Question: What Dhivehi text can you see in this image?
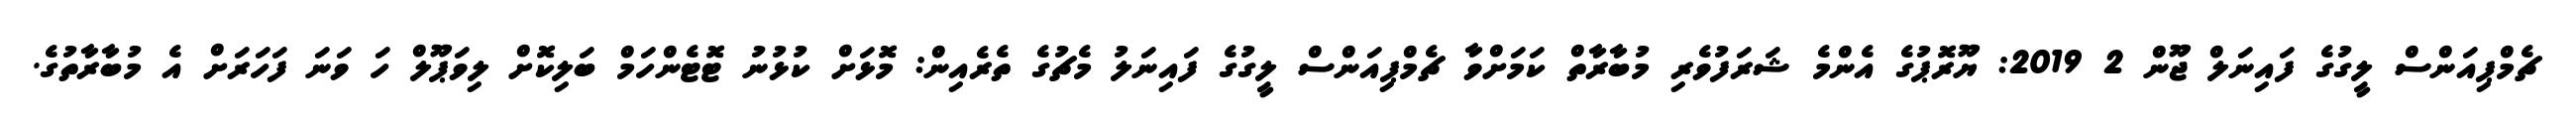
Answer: ޗެމްޕިއަންސް ލީގުގެ ފައިނަލް ޖޫން 2 2019: ޔޫރޮޕުގެ އެންމެ ޝަރަފުވެރި މުބާރާތް ކަމަށްވާ ޗެމްޕިއަންސް ލީގުގެ ފައިނަލު މެޗުގެ ތެރެއިން: މޮޅަށް ކުޅުނު ޓޮޓެންހަމް ބަލިކޮށް ލިވަޕޫލް ހަ ވަނަ ފަހަރަށް އެ މުބާރާތުގެ.